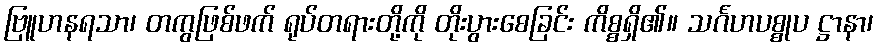
ဗြူဟနရသာ၊ တကွဖြစ်ဖက် ရုပ်တရားတို့ကို တိုးပွားစေခြင်း ကိစ္စရှိ၏။ သင်္ဂဟပစ္စုပ ဋ္ဌာနာ၊